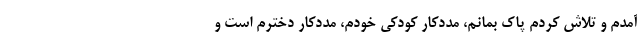
آمدم و تلاش کردم پاک بمانم، مددکار کودکی خودم، مددکار دخترم است و